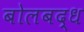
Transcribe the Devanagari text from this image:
बोलबद्ध